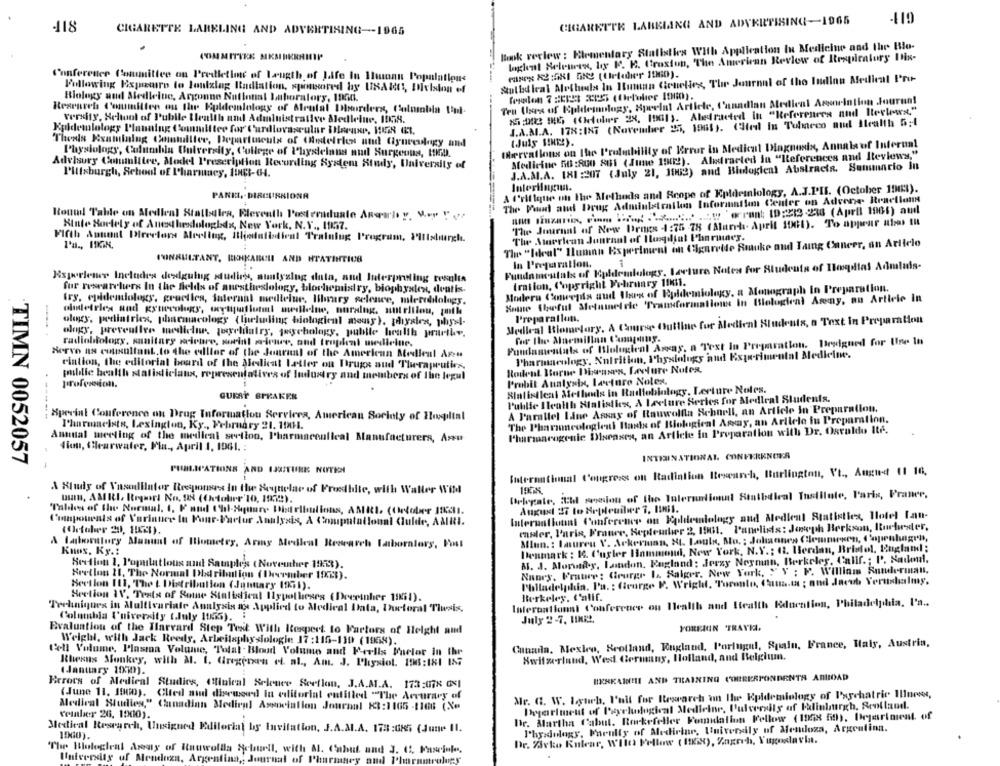
CIGARETTE LABBIANG AND ADVERTISING-1965
119
-118
CIGARETTE LABELING AND ADVERTISING -- 1965
Book review : Elementary Statistics With Application In Medicine and the Blo-
COMMITTEE MK
logien! Heleurss, by P. R. Craxiun, The American Review of Respiratory Itis-
Conference Committee on Prediction of Length of Life In Hunan Populations
Sulbd leal Methods In Human Genetics, The Journal of the Indian Medical Pro-
Following Expeuro to lonizing Radiation, sponsored by USAId, DIvision of
Biology and Medleluc, Argonne National Laboratory, 1000.
Ten Users of Kaldesology, Spelat Article, Canadian Medical Association Jourun!
Research L'onumillen ou Ihr Kuldemlology of Mental Disorders, Columnbla I'ni.
25:002 986 ((Hdolur 28, 1001). Aleedracted in "References and Iterlows"
versity, Seltool of P'ubile Health and Administrative Medletue, 108.
J.A.M.A. 178:187 (November 25, 1961). (Sted In Tulmarco and Health 5;1
Epidemiology Planning Committee for' Cardiovascular IHarune, HIER ET.
Thesis Examining Catulllee, Departments of (Ristelries und Gyureulagy and
Deervations on the Prelibility of Error in Medical Diagnosis, Annals of Internal
Physiology, Columbia University, College of Physicians nud Surgeons, MED.
Medicine 5B :800 801 (June 1902). Aletracted In "References and Iteviews,"
Advisory Choumilice, Model Prescription Recording System Study, University of
J.A.M.A. 181 :207 (July 21, 1002) and Bledlogical Abstracta. Sommario In
Pittsburgh, School of Pharmacy, 1INCI-04.
& frifique on the Methods and Scope of Epidemiology, A.J.P.I. (October 198%).
Interlingua.
PANEL ,- DIRCURSIONA
The Pied and Drug Administration Information Center on Advene- Reactionm
HOME DinZATO, m n ............ ' orrent ID:213-236 (April 1965) and
Round Table on Medleal Stalbeles, Rlereuth Postersduate Anwalt y. Mey " >
The Journal of New Urnes 1:75 -78 (March. April 1961). To appear utan IR
Hinte Sortely of Anedlesdologhds, New York, N.Y ., 18157.
Fifth Annat Directors Merling, Hledatistical Tralulug Program, Pittsburgh.
The American Journal of Hogdtat Pharmmes.
The "Ideal" Hunin Esperinwent on Cigarette Smuke and Taing Cancer, an Article
CONSULTANT, BEHKABCH AND HTATINTIOS
Fundamentals of Epidemiology, Lecture Notes for Students of Hoqdias Admluis-
In Preparation.
1
Jesperlener Includes deedguing studies, analyzing data, and Interpreting results
tration, Copyright February 1001.
for researchers In the fields of anesthesiology, blochemistry, biophysles, deatis.
Modera Conwegils and Uses of Epidemiology, a Monograph in Preparation.
Some Chefut Metninelde Transformations In Blological Areny, an Article In
fry, epidendology, gruetles, internal medlelue, library celence, mleredilolugy.
dludefries and gynecology, weytypuflott medlelne, nursing, nutrition, puth
ology, pediatrics, pharmacology (laweluding biological meuy), thyales, phys4-
Medleal Blometary, A Curse Outline for Medical Students, a Text in Preparation
Preparatlun.
ology, preventive medicine, jeyeliatry, paychology, pulille health prurthe.
radiobiology, sanitary weichre, sorin! wirnce, and tropical medicine.
Fundamentals of Ilolugical Asay, a Text In Preparation. Designed for Use In
Servo na consultant, to the editor of the Journal of the American Medical Asu
Pharmacology, Nutrition, Physiology and Experimental Medicine.
ciation, the editorial board of the Aledicat Latter on Drugs and Therapeutics,
public health statisticlana, representatives of Industry and members of the legul
Rodent Borne Diroma's, Lecture Notes,
profession.
Probit Analysis, Lecture Notes.
SIalistleal Methods in Radiobiology, Lecture Notes.
GUEST SPEAKER
Public Health Atalistica, A lecture Series for Medical Students.
-----..
A Parallel Line Assay of Rauwolfla Schnell, an Article In Preparation.
Special Conference on Drug Information Services, American Society of Hospital
The Pharmmeologienl Parts of Biological Away, an Arilele iu Preparation.
Pharmacists, Lexington, Ky ., February 21, 1001.
Pharmoncogenic Diseases, an Article in Preparation with Dr. Osvaldo Ité.
Annual meeting of the medical section, Pharmaceutical Manufacturers, Aseu
dion, Clearwater, Fla ., April 1, 1061. :
INTERNATIONAL CONFERENCES
TIMN 0052057
PUBLICATIONS AND IFUTURE NOTEN
International Congress on Radiation Research, Burlington, Vt ., August 11 10.
A Kludy of Vasodilator Responses In the Keynelar of Frostbite, with Waller Wild
uuu, AMItl. Report No. 98 (October'10, 1972).
Delegale, Ill pension of the International Stalbdical Institute, Paris, Pranee,
Tables of the Normal. I. F and Chi-Square Distributions, ABRI. (Celober 115331.
August 27 to Hrtleuilier ?, HINil.
Components of Varinuer In Funr-Factor Analysis, A Computotlouni Culde, AAUI.
International Conference on Epidemiology and Medlent Statistics, Hotel Lan-
manter, l'aria, France, September 2, 1961. Panelids: Joseph Berkson, Inebuster,
(October 2), 1102).
A laborttury Manual of Biometry, Army Medical Research Laboratory, Post
Miun. : Inureu V. Ackerman, St. Louis, Mo. : Johannes Glemmeren, C'oprulugr",
Knox, Ky .:
Denmark : 1. Curler Hinmmond, New York, N.Y .; 13. Herdan, Rridel, England;
A. J. Morway, London, Rugland: Jerzy Neyman, Berkeley, Callf .; P'. Radonl.
Section 2, Populations and Sample's (November 19:3).
Bretlou 11, The Normal Dbd ribution ( December 10x23).
Nunes, Fratwee: Cirurgr 1. Salger, New York, "" Y ; P. William Sunderman,
Philadelphia, Pa. : George V. Wright, Toronto, Cama.ta ; and Jacob Verusbalmy.
Beetlon 113, The t Distribution (Juntary (951).
Section IV, Texta of Some Stalidical Hypotheses (Deeeinher 1951).
Berkeley, t'atif.
International Conference on Health and Health Education, Philadelphia, I'a ..
Techniques in Multivariate Analysis a Applied to Medical Iata, Doctoral Thesis.
Columbia tuiversity t.July 11Ki5).
July 2-7, HIHI !.
FOREIGN TRAVIA.
Evaluation of the Harvard Step Test With Respect to Vartors of Height and
Weighl, with Jack Reeds, Arbeilaphysiologie 17:115-110 (1958).
Canada, Mexico, Brolland, England, Portugal, Spain, France, Haly, Austria,
Cell Volume, Plasma Volume, Total . Bloud Volume and Feells Fuelor In the
Switzerland, West Germany, Holland, and Belgium.
Rheins Monkey, with A. 1. Greginan et al ., Am. J. Physiot. 19:181 I87
(January 1050).
BIENKAI !! AND TRAINING CORRERPONDENTR ARIOAD
Heroes of Medical Studies, Clinical Selonce Section, J.A.M.A. 173:078 GXI
(June 11. 1900). Clted aid diseused in editorial entitled "The Accuracy of
Mr. G. W. Lyurb, l'ail for Research on Ilwe Epidemiology of Psychatrie Ines,
Department of Payeludugical Medicine, Pulverils of Paintmurgh, Scotland.
Medical Sudies," Canadian Medical Association Journal 83:1165 -[108 (Xe
velaber 26. 1000).
Dr. Martha Cabut. Rockefeller Pomidalion Fellow (1058 5in), Department of
l'hy dology, Faculty of Medicine, University of Mendoza, Argentina.
Medical Research, Unsigned Editorial by Invitation, J.A.M.A. 173 :085 (June Il.
1500).
Dr. Marko Rulear, WIto Follow ( (EX), Zagroh, Yugoslavia.
"The Biologieal Areay of Itauwollla Reburil, with M. Cabut and J. C. Fascinle.
Pharm
University of Mendoza, Argentina ,; Journal of Pharmacy and